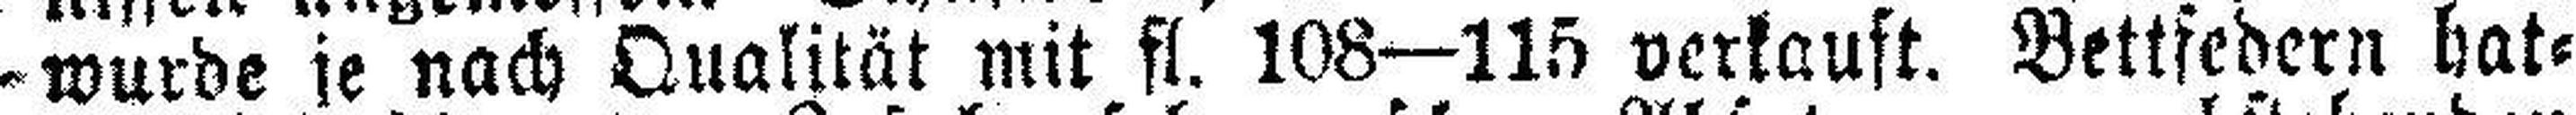
wurde je nach Qualität mit fl. 108—115 verkauft. Bettfedern hat¬